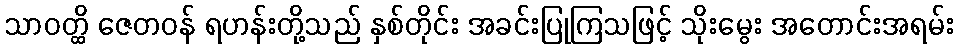
သာဝတ္ထိ ဇေတဝန် ရဟန်းတို့သည် နှစ်တိုင်း အခင်းပြုကြသဖြင့် သိုးမွေး အတောင်းအရမ်း